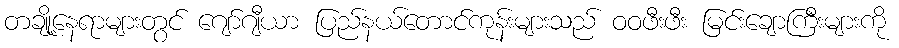
တချို့နေရာများတွင် ဂျော်ဂျီယာ ပြည်နယ်တောင်ကုန်းများသည် ဝဝဖီးဖီး မြင်းချောကြီးများကို